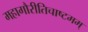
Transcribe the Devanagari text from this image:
महागौरीतिचाष्टमम्